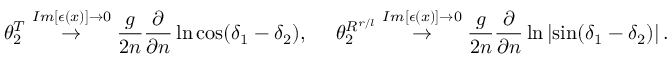
\theta _ { 2 } ^ { T } \stackrel { I m [ \epsilon ( x ) ] \rightarrow 0 } { \rightarrow } \frac { g } { 2 n } \frac { \partial } { \partial n } \ln \cos ( \delta _ { 1 } - \delta _ { 2 } ) , \ \ \ \ \theta _ { 2 } ^ { R ^ { r / l } } \stackrel { I m [ \epsilon ( x ) ] \rightarrow 0 } { \rightarrow } \frac { g } { 2 n } \frac { \partial } { \partial n } \ln \left| \sin ( \delta _ { 1 } - \delta _ { 2 } ) \right| .